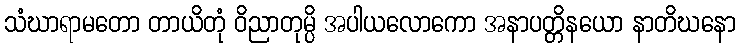
သံဃာရာမတော တာယိတုံ ဝိညာတုမ္ပိ အပါယလောကော အနာပတ္တိနယော နာတိဃနော